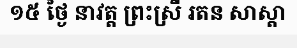
១៥ ថ្ងៃ នាវត្ត ព្រះស្រី រតន សាស្តា